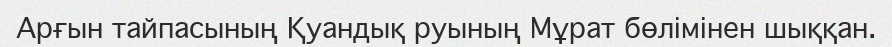
Арғын тайпасының Қуандық руының Мұрат бөлімінен шыққан.